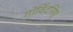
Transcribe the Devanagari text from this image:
गोविंदसिह